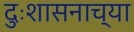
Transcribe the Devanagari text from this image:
दुःशासनाच्या